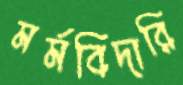
মর্মবিদারি